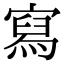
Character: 寫